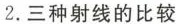
2.三种射线的比较